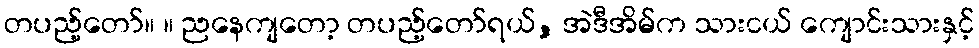
တပည့်တော်။ ။ ညနေကျတော့ တပည့်တော်ရယ်, အဲဒီအိမ်က သားငယ် ကျောင်းသားနှင့်